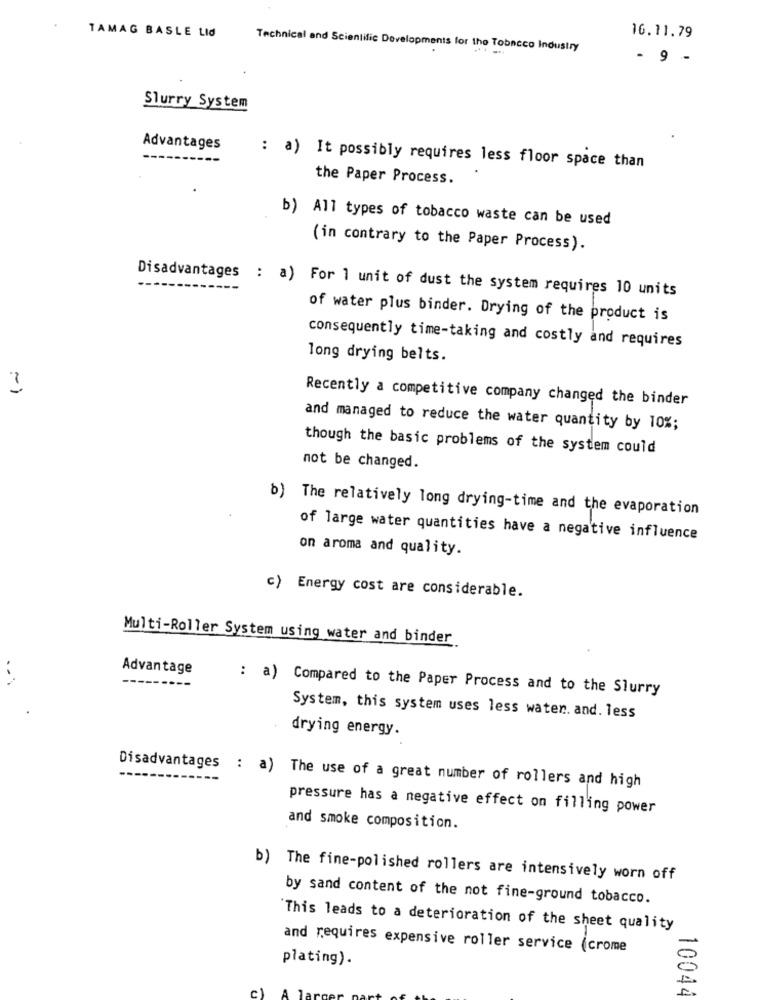
TAMAG BASLE LId
16.11.79
Technical and Scientific Developments for the Tobacco Industry
-.-
- 9 -
Slurry System
Advantages
: a) It possibly requires less floor space than
the Paper Process.
b) All types of tobacco waste can be used
(in contrary to the Paper Process).
Disadvantages : a) For 1 unit of dust the system requires 10 units
of water plus binder. Drying of the product is
consequently time-taking and costly and requires
long drying belts.
3
Recently a competitive company changed the binder
and managed to reduce the water quantity by 10%;
though the basic problems of the system could
not be changed.
b) The relatively long drying-time and the evaporation
of large water quantities have a negative influence
on aroma and quality.
c) Energy cost are considerable.
Multi-Roller System using water and binder
Advantage
: a) Compared to the Paper Process and to the Slurry
System, this system uses less water. and. less
drying energy.
Disadvantages : a) The use of a great number of rollers and high
pressure has a negative effect on filling power
and smoke composition.
b) The fine-polished rollers are intensively worn off
by sand content of the not fine-ground tobacco.
"This leads to a deterioration of the sheet quality
and requires expensive roller service (crome
plating).
c)
10044